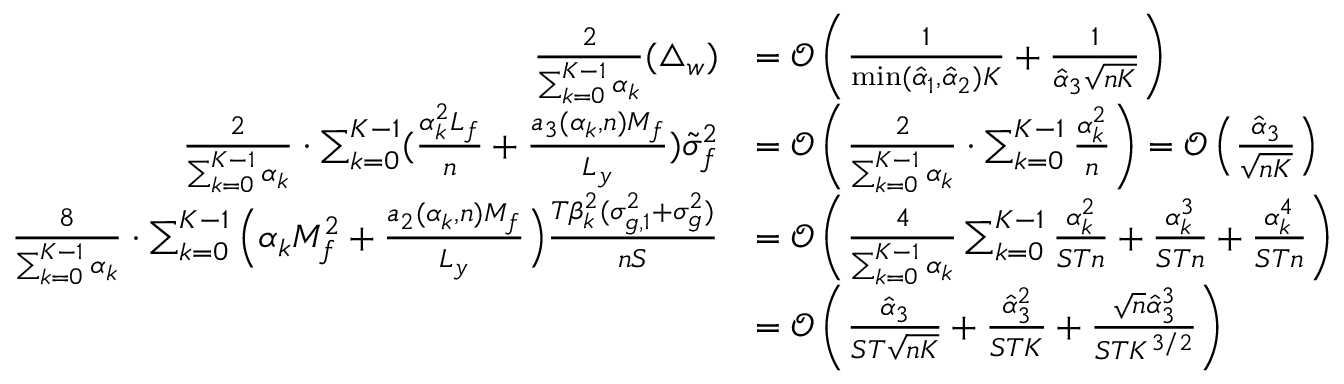
\begin{array} { r l } { \frac { 2 } { \sum _ { k = 0 } ^ { K - 1 } \alpha _ { k } } ( \triangle _ { w } ) } & { = \mathcal { O } \left( \frac { 1 } { \operatorname* { m i n } ( \hat { \alpha } _ { 1 } , \hat { \alpha } _ { 2 } ) K } + { \frac { 1 } { \hat { \alpha } _ { 3 } \sqrt { n K } } } \right) } \\ { \frac { 2 } { \sum _ { k = 0 } ^ { K - 1 } \alpha _ { k } } \cdot \sum _ { k = 0 } ^ { K - 1 } ( \frac { \alpha _ { k } ^ { 2 } L _ { f } } { n } + \frac { a _ { 3 } ( \alpha _ { k } , n ) M _ { f } } { L _ { y } } ) \tilde { \sigma } _ { f } ^ { 2 } } & { = \mathcal { O } \left( \frac { 2 } { \sum _ { k = 0 } ^ { K - 1 } \alpha _ { k } } \cdot \sum _ { k = 0 } ^ { K - 1 } \frac { \alpha _ { k } ^ { 2 } } { n } \right) = \mathcal { O } \left( \frac { \hat { \alpha } _ { 3 } } { \sqrt { n K } } \right) } \\ { \frac { 8 } { \sum _ { k = 0 } ^ { K - 1 } \alpha _ { k } } \cdot \sum _ { k = 0 } ^ { K - 1 } \Big ( \alpha _ { k } M _ { f } ^ { 2 } + \frac { a _ { 2 } ( \alpha _ { k } , n ) M _ { f } } { L _ { y } } \Big ) \frac { T \beta _ { k } ^ { 2 } ( \sigma _ { g , 1 } ^ { 2 } + \sigma _ { g } ^ { 2 } ) } { { n S } } } & { = \mathcal { O } \left( \frac { 4 } { \sum _ { k = 0 } ^ { K - 1 } \alpha _ { k } } \sum _ { k = 0 } ^ { K - 1 } \frac { \alpha _ { k } ^ { 2 } } { S T n } + \frac { \alpha _ { k } ^ { 3 } } { S T n } + \frac { \alpha _ { k } ^ { 4 } } { S T n } \right) } \\ & { = \mathcal { O } \left( \frac { \hat { \alpha } _ { 3 } } { S T \sqrt { n K } } + \frac { \hat { \alpha } _ { 3 } ^ { 2 } } { S T K } + \frac { { \sqrt { n } } \hat { \alpha } _ { 3 } ^ { 3 } } { S T K ^ { 3 / 2 } } \right) } \end{array}